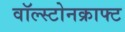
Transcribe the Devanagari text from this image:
वॉल्स्टोनक्राफ्ट